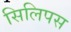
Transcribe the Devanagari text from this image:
सिलिपस